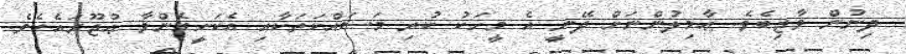
ދިނުން ވާޖިބެވެ. ޢާމިލުންނަށް ދޭނީ އެ މީހަކު ކުރި މަސައްކަތަކާއި އެކަށީގެންވާ ޢުޖޫރައެކެވެ.